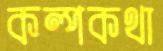
কল্পকথা